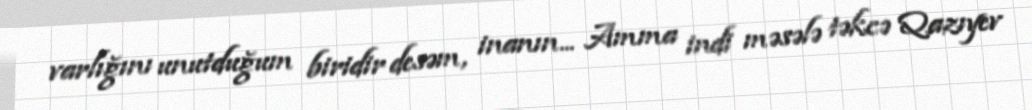
varlığını unutduğum biridir desəm, inanın... Amma indi məsələ təkcə Qazıyev